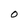
Character: O